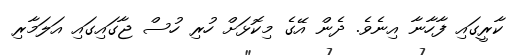
ކާރީގައި ފާހާނާ އިނެވެ. ދެން އޭގެ މިކޮޅަށް ހުރި ހުސް ޖާގައިގައި އަލަމާރި